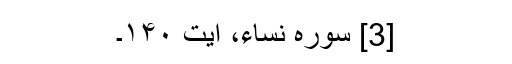
[3] سورہ نساء، آیت ۱۴۰۔